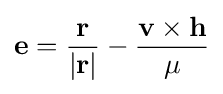
\mathbf {e} ={\frac {\mathbf {r} }{|\mathbf {r} |}}-{\frac {\mathbf {v} \times \mathbf {h} }{\mu }}